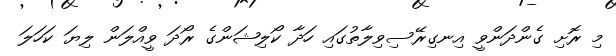
މި ރޮށި ގެންދަންވީ އިނގިރޭސިވިލާތުގައި ހަދާ ކޯލިޝަންގެ ރޯދަ ވީއްލަން ލިޔަ ކަހަލަ